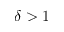
\delta > 1